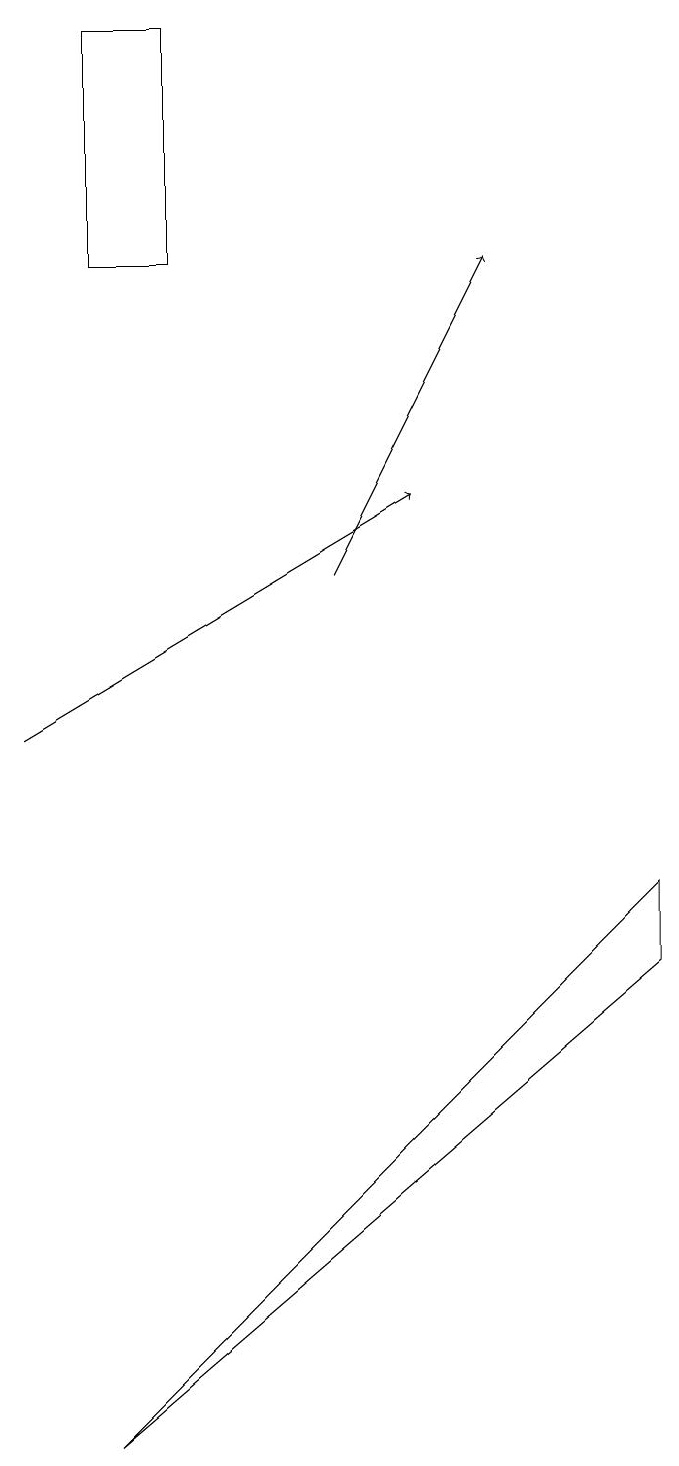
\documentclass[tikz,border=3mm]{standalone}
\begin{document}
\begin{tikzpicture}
\draw[->] (1,10) -- (6,13);
\draw (3,19) rectangle (2,16);
\draw[->] (5,12) -- (7,16);
\draw (9,7) -- (9,8) -- (2,1) -- cycle;
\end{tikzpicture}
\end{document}